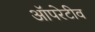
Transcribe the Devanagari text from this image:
ऑपरेटीव